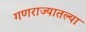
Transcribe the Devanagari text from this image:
गणराज्यातल्या